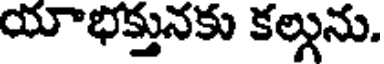
యాభక్తునకు కల్గును.